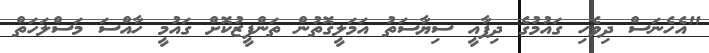
"އެހެނަސް ދިވެހި ގައުމުގެ ދިފާއީ ސިޔާސަތު އަމަލީގޮތުން ތަންފީޒުކޮށް ގައުމީ ހާއްސަ މަސްލަހަތް